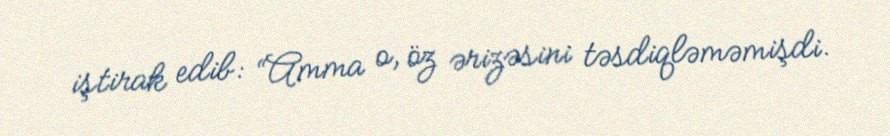
iştirak edib: “Amma o, öz ərizəsini təsdiqləməmişdi.